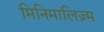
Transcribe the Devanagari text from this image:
मिनिमालिज़्म